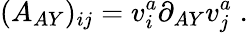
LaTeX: (A_{AY})_{ij}=v_{i}^{a}\partial_{AY}v_{j}^{a}\; .